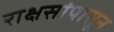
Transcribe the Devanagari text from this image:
राक्षसांपासून